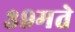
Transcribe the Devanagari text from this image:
३९मते